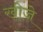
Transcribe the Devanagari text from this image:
खीजे